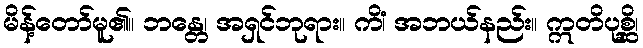
မိန့်တော်မူ၏။ ဘန္တေ၊ အရှင်ဘုရား။ ကိံ၊ အဘယ်နည်း။ ဣတိပုစ္ဆိ၊